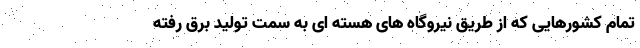
تمام کشورهایی که از طریق نیروگاه های هسته ای به سمت تولید برق رفته